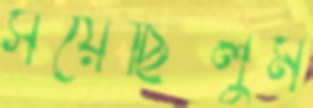
সয়েছিলুম